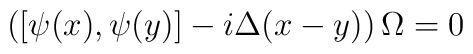
\left( \left[ \psi (x),\psi (y)\right] -i\Delta (x-y)\right) \Omega =0